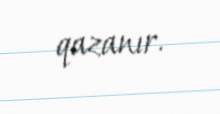
qazanır.